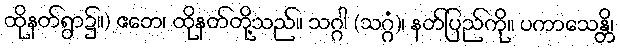
ထိုနတ်ရွာ၌။) ဧတေ၊ ထိုနတ်တို့သည်။ သဂ္ဂါ (သဂ္ဂံ)၊ နတ်ပြည်ကို။ ပကာသေန္တိ၊